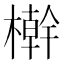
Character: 檊